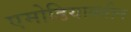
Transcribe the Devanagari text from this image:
एमोडियाक्वीन